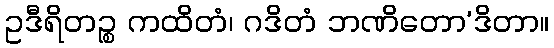
ဥဒီရိတဉ္စ ကထိတံ၊ ဂဒိတံ ဘဏိတော’ဒိတာ။